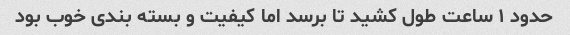
حدود ۱ ساعت طول کشید تا برسد اما کیفیت و بسته بندی خوب بود